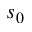
s _ { 0 }